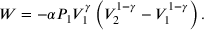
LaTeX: W = - \alpha P _ { 1 } V _ { 1 } ^ { \gamma } \left( V _ { 2 } ^ { 1 - \gamma } - V _ { 1 } ^ { 1 - \gamma } \right) .